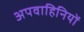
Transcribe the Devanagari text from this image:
अपवाहिनियों